Indian journal of veterinary science and animal husbandry - Volumes 24-25, 1954-1955
Year: 1954
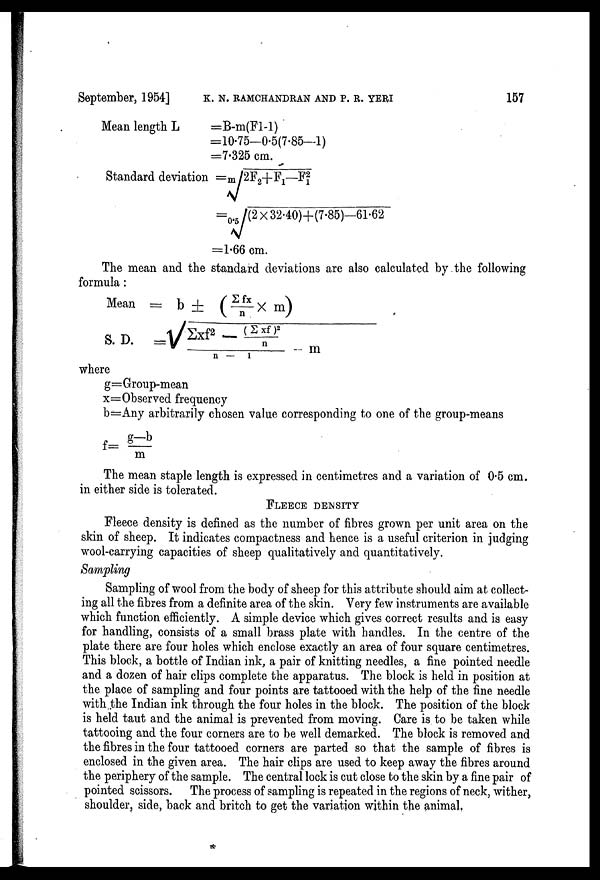
September, 1954] K. N. RAMCHANDRAN AND P. R. YERI 157
Mean length L
=B-m(F1-1)
=10.75—0.5(7.85—1)
=7.325 cm.
Standard deviation = m √2F 2 +F 1 —F 2
1
= 0.5 √(2 x 32.40)+(7.85)—61.62
=1.66 cm.
The mean and the standard deviations are also calculated by the following
formula:
Mean = b ± (Σfx/n X m)
S.D. =√Σxf 2 -(Σ xf) 2 /n-1-m
where
g=Group-mean
x=Observed frequency
b=Any arbitrarily chosen value corresponding to one of the group-means
f= g-b/m
The mean staple length is expressed in centimetres and a variation of 0.5 cm.
in either side is tolerated.
FLEECE DENSITY
Fleece density is defined as the number of fibres grown per unit area on the
skin of sheep. It indicates compactness and hence is a useful criterion in judging
wool-carrying capacities of sheep qualitatively and quantitatively.
Sampling
Sampling of wool from the body of sheep for this attribute should aim at collect
ing all the fibres from a definite area of the skin. Very few instruments are available
which function efficiently. A simple device which gives correct results and is easy
for handling, consists of a small brass plate with handles. In the centre of the
plate there are four holes which enclose exactly an area of four square centimetres.
This block, a bottle of Indian ink, a pair of knitting needles, a fine pointed needle
and a dozen of hair clips complete the apparatus. The block is held in position at
the place of sampling and four points are tattooed with the help of the fine needle
with the Indian ink through the four holes in the block. The position of the block
is held taut and the animal is prevented from moving. Care is to be taken while
tattooing and the four corners are to be well demarked. The block is removed and
the fibres in the four tattooed corners are parted so that the sample of fibres is
enclosed in the given area. The hair clips are used to keep away the fibres around
the periphery of the sample. The central lock is cut close to the skin by a fine pair of
pointed scissors. The process of sampling is repeated in the regions of neck, wither,
shoulder, side, back and britch to get the variation within the animal,